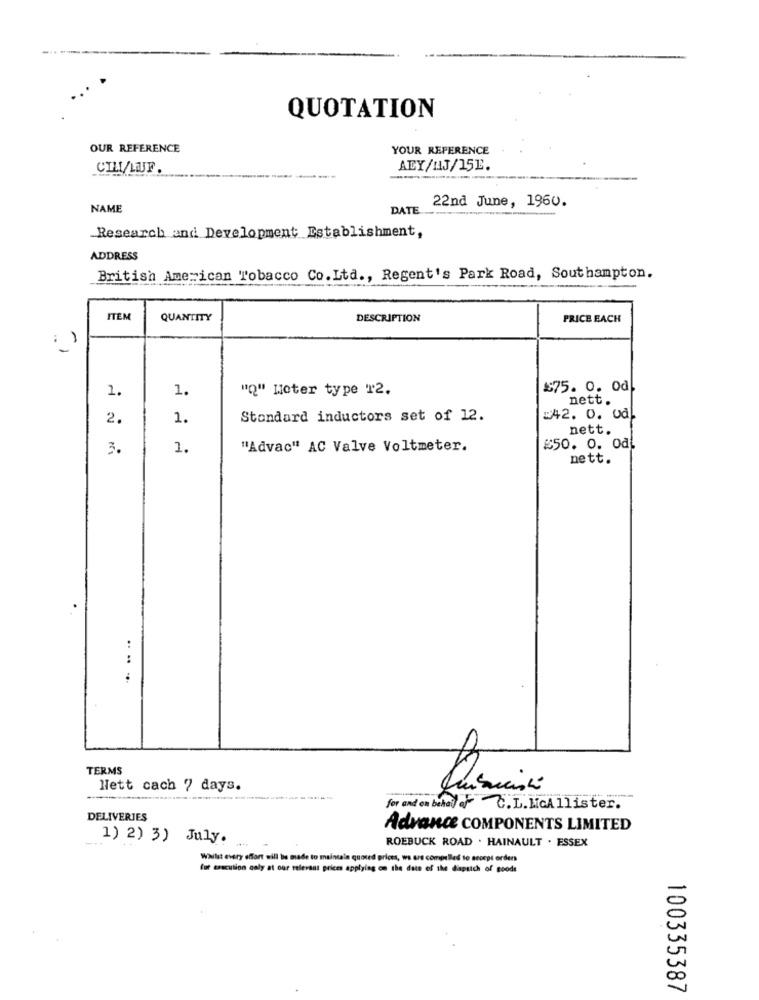
QUOTATION
OUR REFERENCE
YOUR REFERENCE
CIM/LUF
ALY/NAJ/15E.
22nd June, 1960.
NAME
DATE
Research and Development Establishment,
ADDRESS
British American Tobacco Co. Ltd ., Regent's Park Road, Southampton.
ITEM
QUANTITY
DESCRIPTION
PRICE EACH
1.
1.
"Q" Moter type T2.
$75.0. Od
nett.
2.
1.
Standard inductors set of 12.
=42. 0. 0d
nett.
3.
1.
"Advac" AC Valve Voltmeter.
£50. 0. od.
nett.
..
TERMS
Nett cach 7 days.
for and on behalf or C. L. McAllister.
DELIVERIES
Advance COMPONENTS LIMITED
1) 2) 3) July.
ROEBUCK ROAD . HAINAULT . ESSEX
Whilst every effort will be made to maintala quoted prices, ws ers compelled to secepi order
fur csecution qaly at our relevant prices applying on the date of the dapsich of goods
-
20
100335387